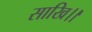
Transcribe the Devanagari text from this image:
साखि।।